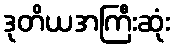
ဒုတိယအကြီးဆုံး